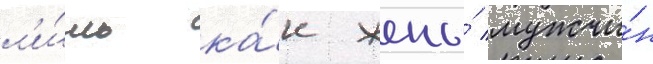
л'и́шь ка́к жены́ мужчи́н